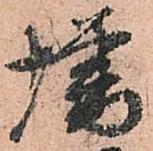
増